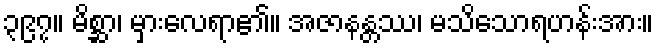
၃၉၇။ မိစ္ဆာ၊ မှားလေရာ၏။ အဇာနန္တဿ၊ မသိသောရဟန်းအား။